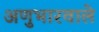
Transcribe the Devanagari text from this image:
अणुभारवाले